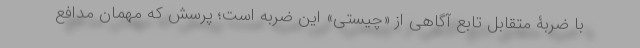
با ضربۀ متقابل تابع آگاهی از «چیستی» این ضربه است؛ پرسش که مهمان مدافع